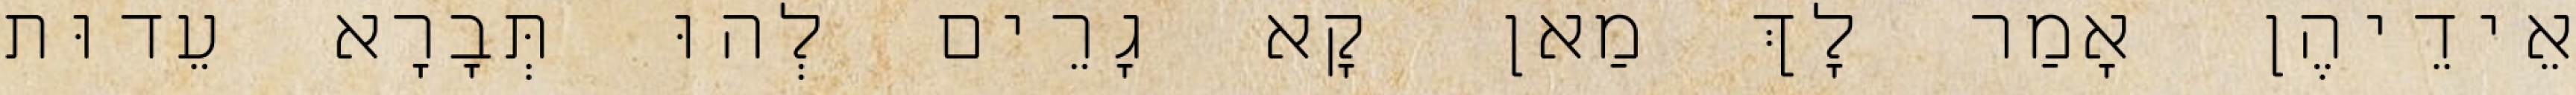
אֵידֵיהֶן אָמַר לָךְ מַאן קָא גָרֵים לְהוּ תְּבָרָא עֵדוּת